Vaccination in Bombay 1869-1873 - 1869-1873
Year: 1869
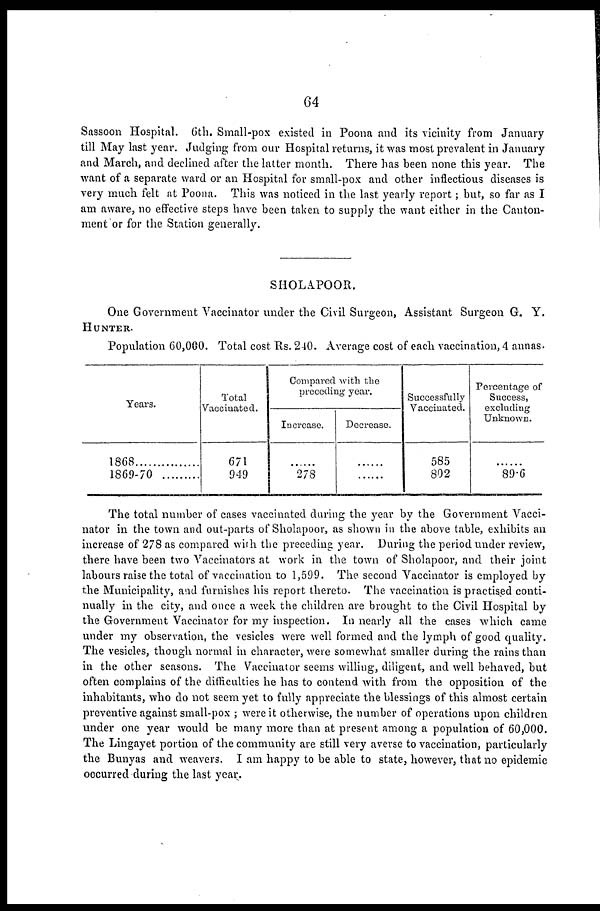
64
Sassoon Hospital. 6th. Small-pox existed in Poona and its vicinity from January
till May last year. Judging from our Hospital returns, it was most prevalent in January
and March, and declined after the latter month. There has been none this year. The
want of a separate ward or an Hospital for small-pox and other inflections diseases is
very much felt at Poona. This was noticed in the last yearly report; but, so far as I
am aware, no effective steps have been taken to supply the want either in the Canton-
ment or for the Station generally.
SHOLAPOOR.
One Government Vaccinator under the Civil Surgeon, Assistant Surgeon G. Y.
HUNTER.
Population 60,000. Total cost Rs. 240. Average cost of each vaccination, 4 annas.
Years.
1868
1869-70
Total
Vaccinated.
671
949
Compared With the
preceding year.
Increase.
......
278
Decrease.
......
......
Successfully
Vaccinated.
585
802
Percentage of
Success,
excluding
Unknown.
......
89.6
The total number of cases vaccinated during the year by the Government Vacci-
nator in the town and out-parts of Sholapoor, as shown in the above table, exhibits an
increase of 278 as compared with the preceding year. During the period under review,
there have been two Vaccinators at work in the town of Sholapoor, and their joint
labours raise the total of vaccination to 1,599. The second Vaccinator is employed by
the Municipality, and furnishes his report thereto. The vaccination is practised conti-
nually in the city, and once a week the children are brought to the Civil Hospital by
the Government Vaccinator for my inspection. In nearly all the cases which came
under my observation, the vesicles were well formed and the lymph of good quality.
The vesicles, though normal in character, were somewhat smaller during the rains than
in the other seasons. The Vaccinator seems willing, diligent, and well behaved, but
often complains of the difficulties he has to contend with from the opposition of the
inhabitants, who do not seem yet to fully appreciate the blessings of this almost certain
preventive against small-pox ; were it otherwise, the number of operations upon children
under one year would be many more than at present among a population of 60,000.
The Lingayet portion of the community are still very averse to vaccination, particularly
the Bunyas and weavers. I am happy to be able to state, however, that no epidemic
occurred during the last year.